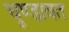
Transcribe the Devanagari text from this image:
चूण्डावत